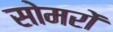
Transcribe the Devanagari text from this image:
सोमरों